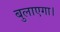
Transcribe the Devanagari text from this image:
बुलाएगा।